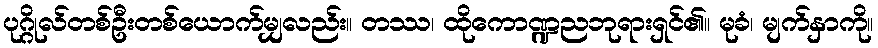
ပုဂ္ဂိုလ်တစ်ဦးတစ်ယောက်မျှလည်း။ တဿ၊ ထိုကောဏ္ဍညဘုရားရှင်၏။ မုခံ၊ မျက်နှာကို။